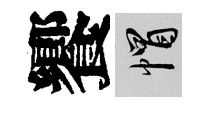
饗帽